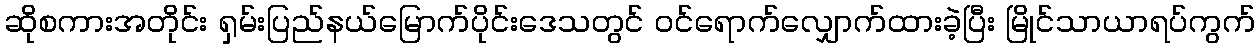
ဆိုစကားအတိုင်း ရှမ်းပြည်နယ်မြောက်ပိုင်းဒေသတွင် ဝင်ရောက်လျှောက်ထားခဲ့ပြီး မြိုင်သာယာရပ်ကွက်